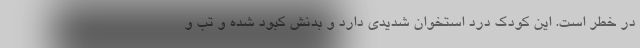
در خطر است. این کودک درد استخوان شدیدی دارد و بدنش کبود شده و تب و